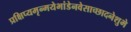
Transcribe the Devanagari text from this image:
प्रक्षिप्यमृन्मयेभांडेनवेसाच्छादनेशुभे